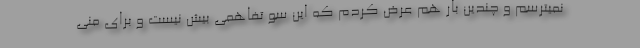
نمیترسم و چندین بار هم عرض کردم که این سو تفاهمی بیش نیست و برای منی